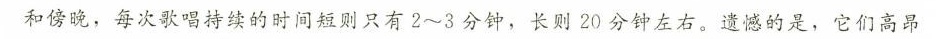
和傍晚，每次歌唱持续的时间短则只有2~3分钟，长别20分钟左右。遗憾的是，它们高昂